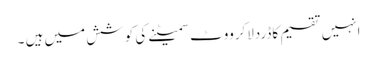
انہیں تقسیم کاڈردلاکرووٹ سمیٹنے کی کوشش میں ہیں ۔